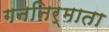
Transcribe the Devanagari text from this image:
गननिर्माता